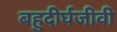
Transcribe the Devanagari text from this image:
बहुदीर्घजीवी